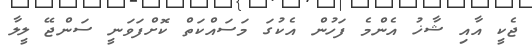
ޖެކީ އާއި ޝާޚު އެންމެ ފަހުން އެކުގަ މަސައްކަތް ކޮށްފަވަނީ ސަންޖޭ ލީލާ